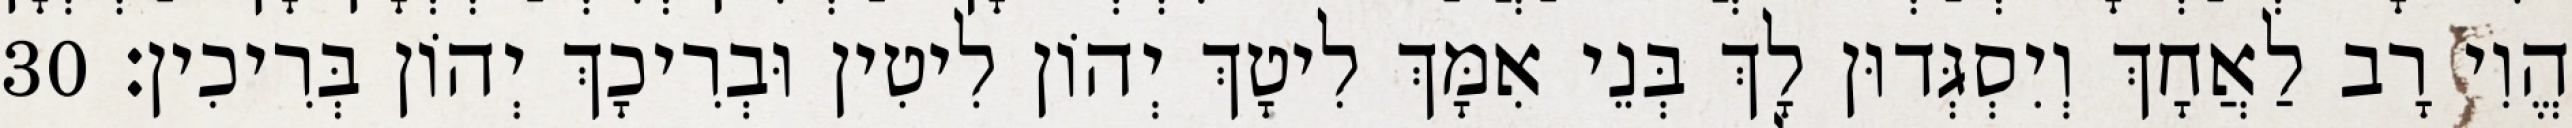
הֱוִי רָב לַאֲחָךְ וְיִסְגְּדוּן לָךְ בְּנֵי אִמָּךְ לִיטָךְ יְהוֹן לִיטִין וּבְרִיכָךְ יְהוֹן בְּרִיכִין׃ 30